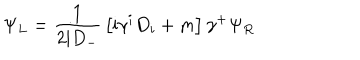
\Psi _ { L } = { \frac { 1 } { 2 \mathrm { i } D _ { - } } } \left[ \mathrm { i } \gamma ^ { i } D _ { i } + m \right] \gamma ^ { + } \Psi _ { R }